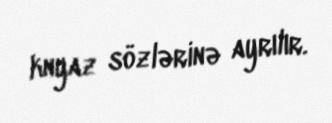
knyaz sözlərinə ayrılır.